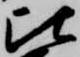
比